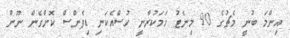
އިންމަ ބުނީ މެޗުގެ 90 މިނެޓު ހަމަކުރާނީ ހުސްއެކަނި ޑިފެންސް ކޮށްގެން ނޫން